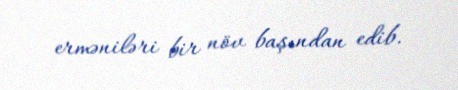
erməniləri bir növ başından edib.